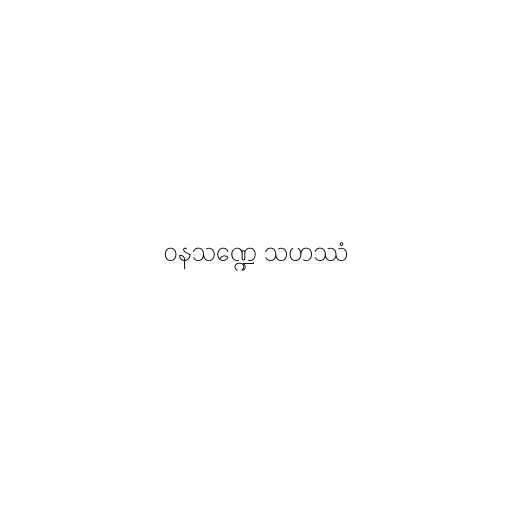
ဝနသဏ္ဍေ သဟဿံ